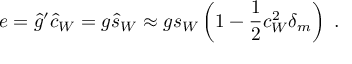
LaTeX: e = \hat { g } ^ { \prime } \hat { c } _ { W } = g \hat { s } _ { W } \approx g s _ { W } \left( 1 - \frac { 1 } { 2 } c _ { W } ^ { 2 } \delta _ { m } \right) \ .